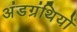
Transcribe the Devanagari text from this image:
अंडग्रंथियों